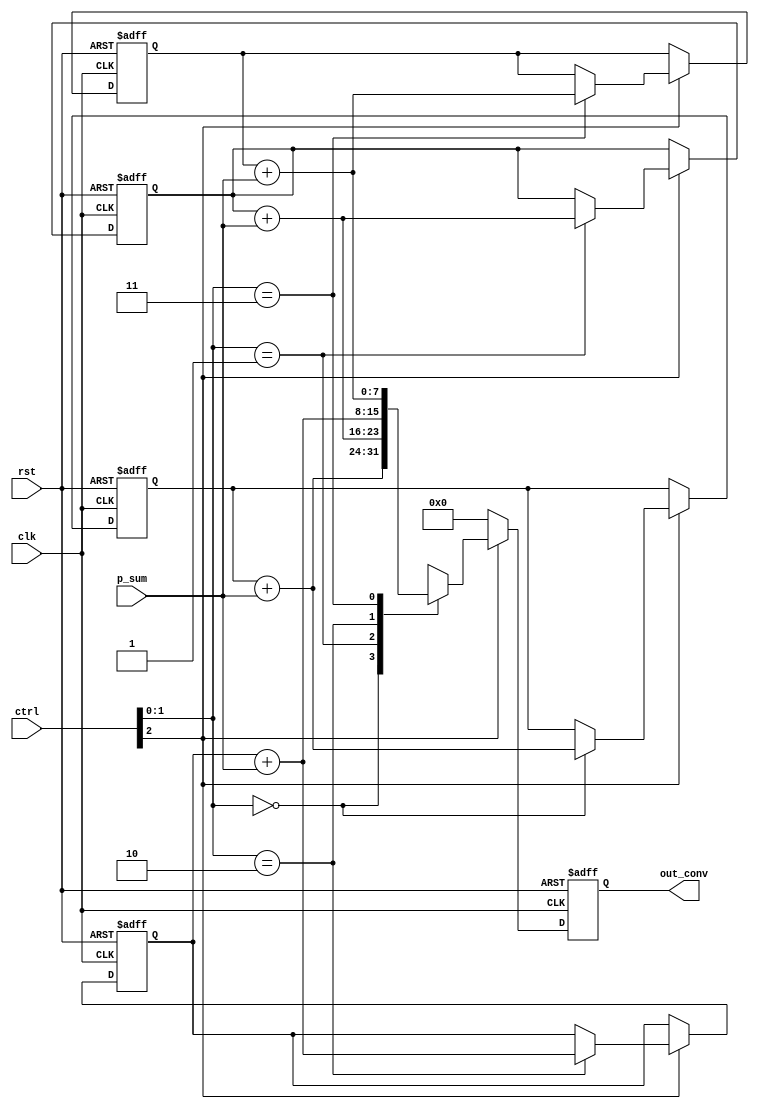
module accumulator(clk, rst, ctrl, p_sum,out_conv);

    input clk, rst;
    input [2:0] ctrl;
    input [7:0] p_sum;

 
    output [7:0] out_conv;
    reg [7:0] temp;   
    reg [7:0] c11, c12, c21, c22;
  
    
         
    always @(posedge clk or posedge rst)begin
        if(rst) begin
	       c11<=8'd0;
	       c12<=8'd0;
	       c21<=8'd0;
	       c22<=8'd0;
	       temp<=8'd0;   
        end
        else begin
	         if (ctrl[2]==1) begin
	           case(ctrl[1:0])
	             2'b00: begin c11<=c11+p_sum; temp<=c11+p_sum; end
	             2'b01: begin c12<=c12+p_sum; temp<=c12+p_sum; end
	             2'b10: begin c21<=c21+p_sum; temp<=c21+p_sum; end             
	             2'b11: begin c22<=c22+p_sum; temp<=c22+p_sum; end
	           endcase
	         end
          	else begin
	           temp<=0; end
	      end
  end
  assign out_conv=temp;
endmodule